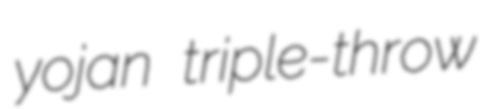
yojan triple-throw